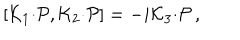
LaTeX: [ { \cal K } _ { 1 } { \cdot { \cal P } } , { \cal K } _ { 2 } { \cdot { \cal P } } ] = - i { \cal K } _ { 3 } { \cdot { \cal P } } \, ,